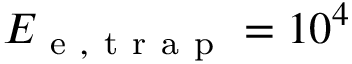
E _ { \mathrm { ~ e ~ , ~ t ~ r ~ a ~ p ~ } } = 1 0 ^ { 4 }